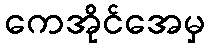
ကေအိုင်အေမှ